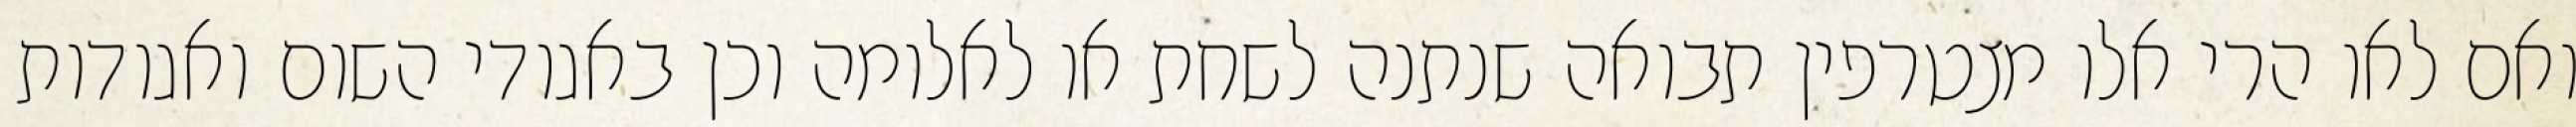
ואם לאו הרי אלו מצטרפין תבואה שנתנה לשחת או לאלומה וכן באגודי השום ואגודות